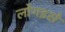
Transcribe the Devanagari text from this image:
लोगइसे